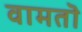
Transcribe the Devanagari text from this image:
वामतॊ